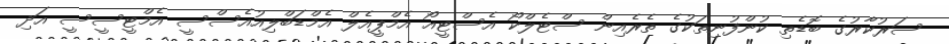
ސަރުކާރުގެ ބޮޑެތި ކުންފުނިތަކުގެ ތެރެއިން ސްޓެލްކޯ އެސްޓީއޯ އެމްޕީއެލް އެމްޑަބްލިއުއެސްސީ އެމްޓީސީސީ އަދި